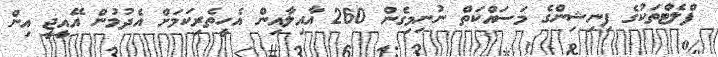
ފްލެޓްތަކުގެ ފިނިޝިންގެ މަސައްކަތް ނުނިމިގެން 260 އާއިލާއިން އެހީތެރިކަމަށް އެދުމުން އޭއީޖީ އިން